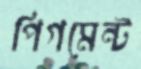
পিগমেন্ট